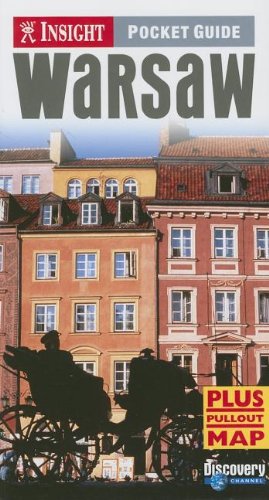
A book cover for Insight Pocket Guide Warsaw; Jerzy Stanislaw Majewski; Travel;